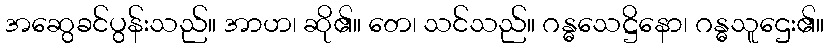
အဆွေခင်ပွန်းသည်။ အာဟ၊ ဆို၏။ တေ၊ သင်သည်။ ဂန္ဓသေဋ္ဌိနော၊ ဂန္ဓသူဌေး၏။